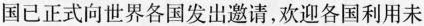
国已正式向世界各国发出邀请，欢迎各国利用未